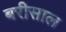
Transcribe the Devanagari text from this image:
बरीसाल